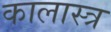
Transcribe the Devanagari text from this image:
कालास्त्र